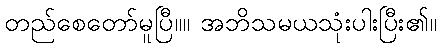
တည်စေတော်မူပြီ။။ အဘိသမယသုံးပါးပြီး၏။